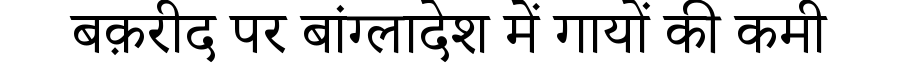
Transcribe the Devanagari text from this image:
बक़रीद पर बांग्लादेश में गायों की कमी